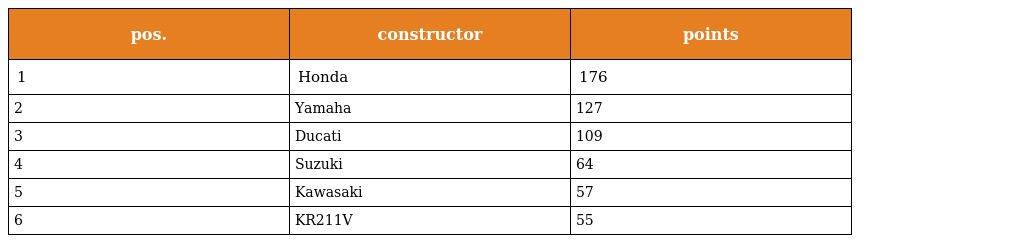
| pos. | constructor | points |
 | --- | --- | --- |
 | 1 | Honda | 176 |
 | 2 | Yamaha | 127 |
 | 3 | Ducati | 109 |
 | 4 | Suzuki | 64 |
 | 5 | Kawasaki | 57 |
 | 6 | KR211V | 55 |